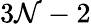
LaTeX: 3\mathcal{N}-2